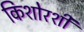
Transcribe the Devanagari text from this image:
किशोरशी